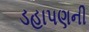
ડહાપણની